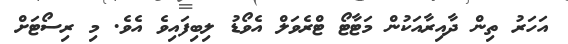
އަހަރު ތިން ދާއިރާއަކުން މަޓާޓޯ ޓްރެވަލް އެވޯޑު ލިބިފައިވެ އެވެ. މި ރިސޯޓަށް